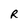
Character: R